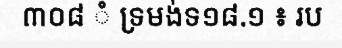
៣០៨ ំ ទ្រមង់ទ១៨.១ ៖ រប